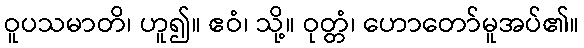
ဝူပသမာတိ၊ ဟူ၍။ ဧဝံ၊ သို့။ ဝုတ္တံ၊ ဟောတော်မူအပ်၏။